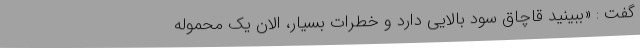
گفت : «ببینید قاچاق سود بالایی دارد و خطرات بسیار، الان یک محموله